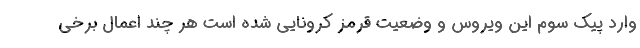
وارد پیک سوم این ویروس و وضعیت قرمز کرونایی شده است هر چند اعمال برخی